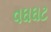
વઘઘટ